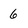
Character: 6